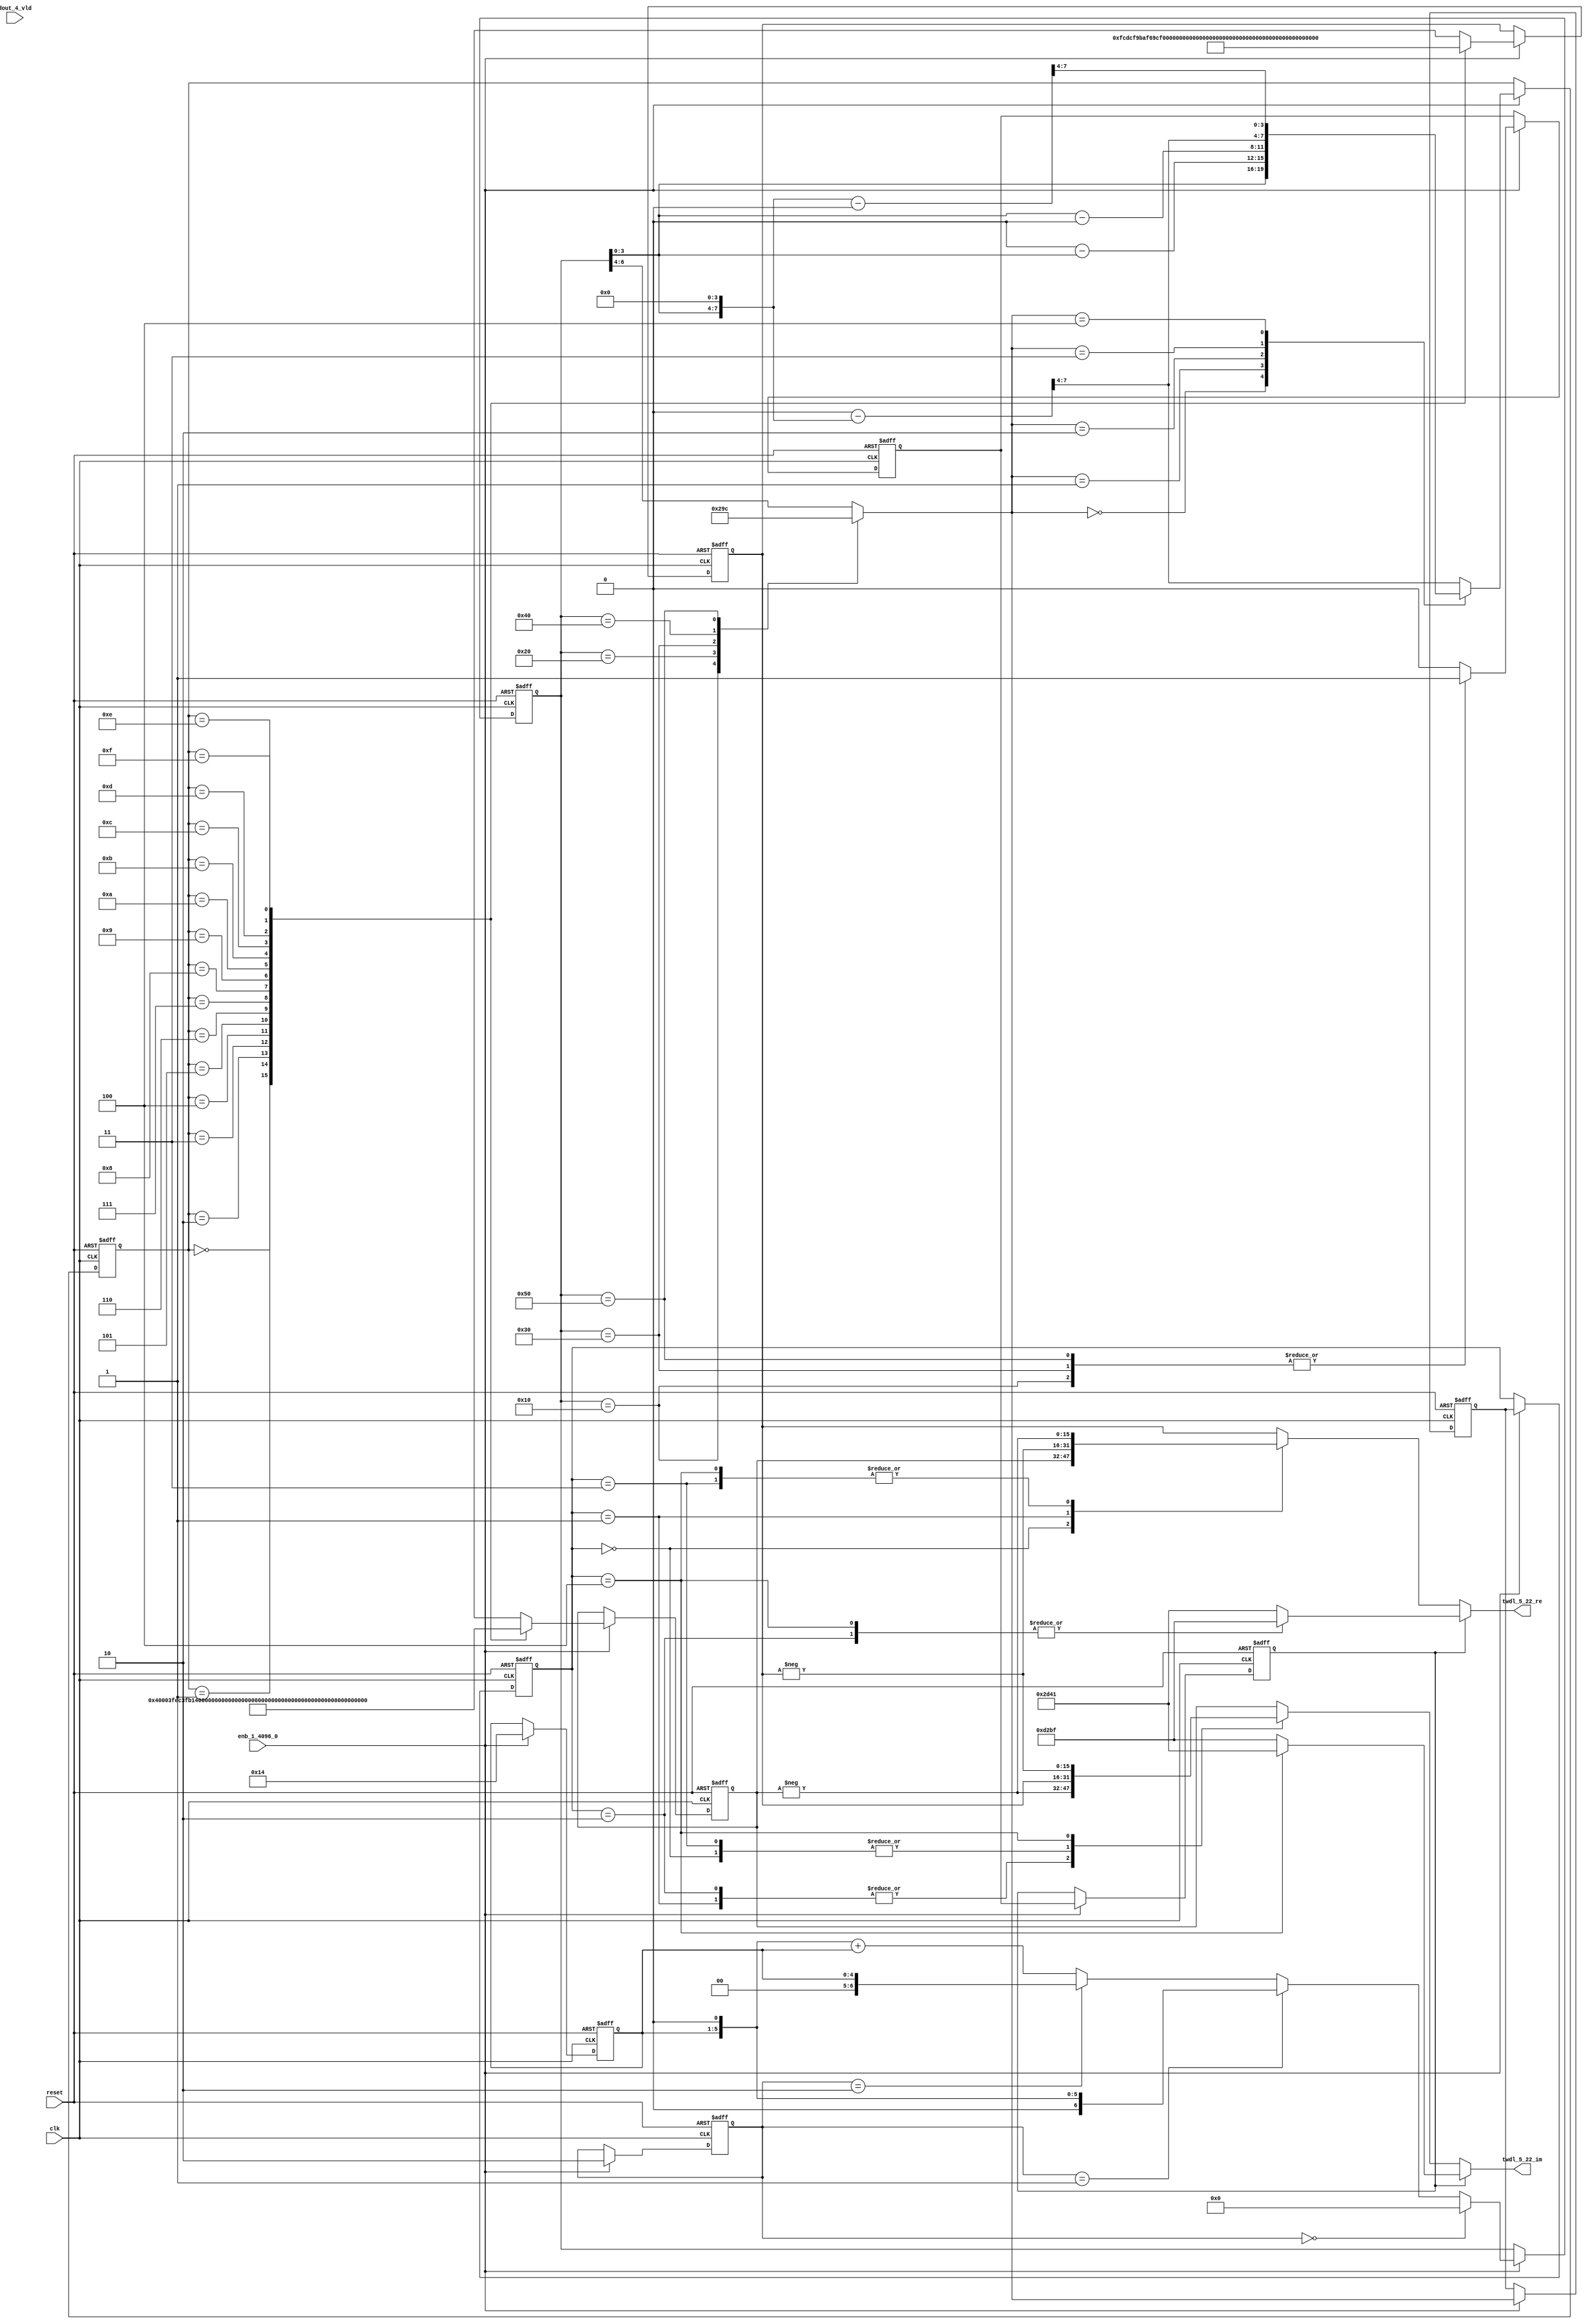
// -------------------------------------------------------------
// 
// 
// Generated by MATLAB 9.14 and HDL Coder 4.1
// 
// -------------------------------------------------------------


// -------------------------------------------------------------
// 
// Module: TWDLROM_5_22
// Source Path: dsphdl.IFFT/TWDLROM_5_22
// Hierarchy Level: 4
// 
// -------------------------------------------------------------

`timescale 1 ns / 1 ns

module TWDLROM_5_22
          (clk,
           reset,
           enb_1_4096_0,
           dout_4_vld,
           twdl_5_22_re,
           twdl_5_22_im);


  input   clk;
  input   reset;
  input   enb_1_4096_0;
  input   dout_4_vld;
  output  signed [15:0] twdl_5_22_re;  // sfix16_En14
  output  signed [15:0] twdl_5_22_im;  // sfix16_En14


  reg [4:0] Radix22TwdlMapping_cnt;  // ufix5
  reg [1:0] Radix22TwdlMapping_phase;  // ufix2
  reg [2:0] Radix22TwdlMapping_octantReg1;  // ufix3
  reg [6:0] Radix22TwdlMapping_twdlAddr_raw;  // ufix7
  reg [3:0] Radix22TwdlMapping_twdlAddrMap;  // ufix4
  reg  Radix22TwdlMapping_twdl45Reg;
  reg  Radix22TwdlMapping_dvldReg1;
  reg  Radix22TwdlMapping_dvldReg2;
  reg [4:0] Radix22TwdlMapping_cnt_next;  // ufix5
  reg [1:0] Radix22TwdlMapping_phase_next;  // ufix2
  reg [2:0] Radix22TwdlMapping_octantReg1_next;  // ufix3
  reg [6:0] Radix22TwdlMapping_twdlAddr_raw_next;  // ufix7
  reg [3:0] Radix22TwdlMapping_twdlAddrMap_next;  // ufix4
  reg  Radix22TwdlMapping_twdl45Reg_next;
  reg  Radix22TwdlMapping_dvldReg1_next;
  reg  Radix22TwdlMapping_dvldReg2_next;
  reg [3:0] twdlAddr;  // ufix4
  reg  twdlAddrVld;
  reg [2:0] twdlOctant;  // ufix3
  reg  twdl45;
  wire signed [15:0] Twiddle_re_table_data [0:15];  // sfix16_En14 [16]
  wire signed [15:0] twiddleS_re;  // sfix16_En14
  reg signed [15:0] twiddleReg_re;  // sfix16_En14
  wire signed [15:0] Twiddle_im_table_data [0:15];  // sfix16_En14 [16]
  wire signed [15:0] twiddleS_im;  // sfix16_En14
  reg signed [15:0] twiddleReg_im;  // sfix16_En14
  reg [2:0] twdlOctantReg;  // ufix3
  reg  twdl45Reg;
  reg signed [15:0] twdl_5_22_re_1;  // sfix16_En14
  reg signed [15:0] twdl_5_22_im_1;  // sfix16_En14
  reg [2:0] Radix22TwdlMapping_octant;  // ufix3
  reg [6:0] Radix22TwdlMapping_cnt_cast;  // ufix7
  reg signed [15:0] Radix22TwdlMapping_sub_cast;  // sfix16_En4
  reg signed [15:0] Radix22TwdlMapping_sub_temp;  // sfix16_En4
  reg signed [8:0] Radix22TwdlMapping_sub_temp_0;  // sfix9
  reg signed [8:0] Radix22TwdlMapping_sub_temp_1;  // sfix9
  reg signed [15:0] Radix22TwdlMapping_sub_cast_0;  // sfix16_En4
  reg signed [15:0] Radix22TwdlMapping_sub_temp_2;  // sfix16_En4
  reg signed [15:0] Radix22TwdlMapping_sub_cast_1;  // sfix16_En4
  reg signed [15:0] Radix22TwdlMapping_sub_temp_3;  // sfix16_En4
  reg [6:0] Radix22TwdlMapping_t_0_0;  // ufix7
  reg signed [8:0] Radix22TwdlMapping_t_1;  // sfix9
  reg signed [8:0] Radix22TwdlMapping_t_2_0;  // sfix9
  reg signed [15:0] Radix22TwdlOctCorr_twdlIn_re;  // sfix16_En14
  reg signed [15:0] Radix22TwdlOctCorr_twdlIn_im;  // sfix16_En14
  reg signed [16:0] Radix22TwdlOctCorr_cast;  // sfix17_En14
  reg signed [16:0] Radix22TwdlOctCorr_cast_0;  // sfix17_En14
  reg signed [16:0] Radix22TwdlOctCorr_cast_1;  // sfix17_En14
  reg signed [16:0] Radix22TwdlOctCorr_cast_2;  // sfix17_En14
  reg signed [16:0] Radix22TwdlOctCorr_cast_3;  // sfix17_En14
  reg signed [16:0] Radix22TwdlOctCorr_cast_4;  // sfix17_En14
  reg signed [16:0] Radix22TwdlOctCorr_cast_5;  // sfix17_En14
  reg signed [16:0] Radix22TwdlOctCorr_cast_6;  // sfix17_En14
  reg signed [16:0] Radix22TwdlOctCorr_cast_7;  // sfix17_En14
  reg signed [16:0] Radix22TwdlOctCorr_cast_8;  // sfix17_En14
  reg signed [16:0] Radix22TwdlOctCorr_cast_9;  // sfix17_En14
  reg signed [16:0] Radix22TwdlOctCorr_cast_10;  // sfix17_En14


  // Radix22TwdlMapping
  always @(posedge clk or posedge reset)
    begin : Radix22TwdlMapping_process
      if (reset == 1'b1) begin
        Radix22TwdlMapping_octantReg1 <= 3'b000;
        Radix22TwdlMapping_twdlAddr_raw <= 7'b0000000;
        Radix22TwdlMapping_twdlAddrMap <= 4'b0000;
        Radix22TwdlMapping_twdl45Reg <= 1'b0;
        Radix22TwdlMapping_dvldReg1 <= 1'b0;
        Radix22TwdlMapping_dvldReg2 <= 1'b0;
        Radix22TwdlMapping_cnt <= 5'b10100;
        Radix22TwdlMapping_phase <= 2'b10;
      end
      else begin
        if (enb_1_4096_0) begin
          Radix22TwdlMapping_cnt <= Radix22TwdlMapping_cnt_next;
          Radix22TwdlMapping_phase <= Radix22TwdlMapping_phase_next;
          Radix22TwdlMapping_octantReg1 <= Radix22TwdlMapping_octantReg1_next;
          Radix22TwdlMapping_twdlAddr_raw <= Radix22TwdlMapping_twdlAddr_raw_next;
          Radix22TwdlMapping_twdlAddrMap <= Radix22TwdlMapping_twdlAddrMap_next;
          Radix22TwdlMapping_twdl45Reg <= Radix22TwdlMapping_twdl45Reg_next;
          Radix22TwdlMapping_dvldReg1 <= Radix22TwdlMapping_dvldReg1_next;
          Radix22TwdlMapping_dvldReg2 <= Radix22TwdlMapping_dvldReg2_next;
        end
      end
    end

  always @(Radix22TwdlMapping_cnt, Radix22TwdlMapping_dvldReg1,
       Radix22TwdlMapping_dvldReg2, Radix22TwdlMapping_octantReg1,
       Radix22TwdlMapping_phase, Radix22TwdlMapping_twdl45Reg,
       Radix22TwdlMapping_twdlAddrMap, Radix22TwdlMapping_twdlAddr_raw,
       dout_4_vld) begin
    Radix22TwdlMapping_sub_temp = 16'sb0000000000000000;
    Radix22TwdlMapping_sub_temp_0 = 9'sb000000000;
    Radix22TwdlMapping_sub_temp_1 = 9'sb000000000;
    Radix22TwdlMapping_sub_temp_2 = 16'sb0000000000000000;
    Radix22TwdlMapping_sub_temp_3 = 16'sb0000000000000000;
    Radix22TwdlMapping_sub_cast_1 = 16'sb0000000000000000;
    Radix22TwdlMapping_t_0_0 = 7'b0000000;
    Radix22TwdlMapping_cnt_cast = 7'b0000000;
    Radix22TwdlMapping_sub_cast_0 = 16'sb0000000000000000;
    Radix22TwdlMapping_t_2_0 = 9'sb000000000;
    Radix22TwdlMapping_t_1 = 9'sb000000000;
    Radix22TwdlMapping_sub_cast = 16'sb0000000000000000;
    Radix22TwdlMapping_dvldReg2_next = Radix22TwdlMapping_dvldReg1;
    Radix22TwdlMapping_dvldReg1_next = dout_4_vld;
    case ( Radix22TwdlMapping_twdlAddr_raw)
      7'b0010000 :
        begin
          Radix22TwdlMapping_octant = 3'b000;
          Radix22TwdlMapping_twdl45Reg_next = 1'b1;
        end
      7'b0100000 :
        begin
          Radix22TwdlMapping_octant = 3'b001;
          Radix22TwdlMapping_twdl45Reg_next = 1'b0;
        end
      7'b0110000 :
        begin
          Radix22TwdlMapping_octant = 3'b010;
          Radix22TwdlMapping_twdl45Reg_next = 1'b1;
        end
      7'b1000000 :
        begin
          Radix22TwdlMapping_octant = 3'b011;
          Radix22TwdlMapping_twdl45Reg_next = 1'b0;
        end
      7'b1010000 :
        begin
          Radix22TwdlMapping_octant = 3'b100;
          Radix22TwdlMapping_twdl45Reg_next = 1'b1;
        end
      default :
        begin
          Radix22TwdlMapping_octant = Radix22TwdlMapping_twdlAddr_raw[6:4];
          Radix22TwdlMapping_twdl45Reg_next = 1'b0;
        end
    endcase
    Radix22TwdlMapping_octantReg1_next = Radix22TwdlMapping_octant;
    case ( Radix22TwdlMapping_octant)
      3'b000 :
        begin
          Radix22TwdlMapping_twdlAddrMap_next = Radix22TwdlMapping_twdlAddr_raw[3:0];
        end
      3'b001 :
        begin
          Radix22TwdlMapping_t_1 = {2'b0, Radix22TwdlMapping_twdlAddr_raw};
          Radix22TwdlMapping_sub_temp_0 = 9'sb000100000 - Radix22TwdlMapping_t_1;
          Radix22TwdlMapping_twdlAddrMap_next = Radix22TwdlMapping_sub_temp_0[3:0];
        end
      3'b010 :
        begin
          Radix22TwdlMapping_t_2_0 = {2'b0, Radix22TwdlMapping_twdlAddr_raw};
          Radix22TwdlMapping_sub_temp_1 = Radix22TwdlMapping_t_2_0 - 9'sb000100000;
          Radix22TwdlMapping_twdlAddrMap_next = Radix22TwdlMapping_sub_temp_1[3:0];
        end
      3'b011 :
        begin
          Radix22TwdlMapping_sub_cast_0 = {5'b0, {Radix22TwdlMapping_twdlAddr_raw, 4'b0000}};
          Radix22TwdlMapping_sub_temp_2 = 16'sb0000010000000000 - Radix22TwdlMapping_sub_cast_0;
          Radix22TwdlMapping_twdlAddrMap_next = Radix22TwdlMapping_sub_temp_2[7:4];
        end
      3'b100 :
        begin
          Radix22TwdlMapping_sub_cast_1 = {5'b0, {Radix22TwdlMapping_twdlAddr_raw, 4'b0000}};
          Radix22TwdlMapping_sub_temp_3 = Radix22TwdlMapping_sub_cast_1 - 16'sb0000010000000000;
          Radix22TwdlMapping_twdlAddrMap_next = Radix22TwdlMapping_sub_temp_3[7:4];
        end
      default :
        begin
          Radix22TwdlMapping_sub_cast = {5'b0, {Radix22TwdlMapping_twdlAddr_raw, 4'b0000}};
          Radix22TwdlMapping_sub_temp = 16'sb0000011000000000 - Radix22TwdlMapping_sub_cast;
          Radix22TwdlMapping_twdlAddrMap_next = Radix22TwdlMapping_sub_temp[7:4];
        end
    endcase
    if (Radix22TwdlMapping_phase == 2'b00) begin
      Radix22TwdlMapping_twdlAddr_raw_next = 7'b0000000;
    end
    else if (Radix22TwdlMapping_phase == 2'b01) begin
      Radix22TwdlMapping_t_0_0 = {2'b0, Radix22TwdlMapping_cnt};
      Radix22TwdlMapping_twdlAddr_raw_next = Radix22TwdlMapping_t_0_0 <<< 8'd1;
    end
    else if (Radix22TwdlMapping_phase == 2'b10) begin
      Radix22TwdlMapping_twdlAddr_raw_next = {2'b0, Radix22TwdlMapping_cnt};
    end
    else begin
      Radix22TwdlMapping_cnt_cast = {2'b0, Radix22TwdlMapping_cnt};
      Radix22TwdlMapping_twdlAddr_raw_next = (Radix22TwdlMapping_cnt_cast <<< 8'd1) + Radix22TwdlMapping_cnt_cast;
    end
    Radix22TwdlMapping_phase_next = 2'b10;
    Radix22TwdlMapping_cnt_next = 5'b10100;
    twdlAddr = Radix22TwdlMapping_twdlAddrMap;
    twdlAddrVld = Radix22TwdlMapping_dvldReg2;
    twdlOctant = Radix22TwdlMapping_octantReg1;
    twdl45 = Radix22TwdlMapping_twdl45Reg;
  end



  // Twiddle ROM1
  assign Twiddle_re_table_data[0] = 16'sb0100000000000000;
  assign Twiddle_re_table_data[1] = 16'sb0011111111101100;
  assign Twiddle_re_table_data[2] = 16'sb0011111110110001;
  assign Twiddle_re_table_data[3] = 16'sb0011111101001111;
  assign Twiddle_re_table_data[4] = 16'sb0011111011000101;
  assign Twiddle_re_table_data[5] = 16'sb0011111000010101;
  assign Twiddle_re_table_data[6] = 16'sb0011110100111111;
  assign Twiddle_re_table_data[7] = 16'sb0011110001000010;
  assign Twiddle_re_table_data[8] = 16'sb0011101100100001;
  assign Twiddle_re_table_data[9] = 16'sb0011100111011011;
  assign Twiddle_re_table_data[10] = 16'sb0011100001110001;
  assign Twiddle_re_table_data[11] = 16'sb0011011011100101;
  assign Twiddle_re_table_data[12] = 16'sb0011010100110111;
  assign Twiddle_re_table_data[13] = 16'sb0011001101101000;
  assign Twiddle_re_table_data[14] = 16'sb0011000101111001;
  assign Twiddle_re_table_data[15] = 16'sb0010111101101100;
  assign twiddleS_re = Twiddle_re_table_data[twdlAddr];



  always @(posedge clk or posedge reset)
    begin : TWIDDLEROM_RE_process
      if (reset == 1'b1) begin
        twiddleReg_re <= 16'sb0000000000000000;
      end
      else begin
        if (enb_1_4096_0) begin
          twiddleReg_re <= twiddleS_re;
        end
      end
    end



  // Twiddle ROM2
  assign Twiddle_im_table_data[0] = 16'sb0000000000000000;
  assign Twiddle_im_table_data[1] = 16'sb1111110011011100;
  assign Twiddle_im_table_data[2] = 16'sb1111100110111010;
  assign Twiddle_im_table_data[3] = 16'sb1111011010011100;
  assign Twiddle_im_table_data[4] = 16'sb1111001110000100;
  assign Twiddle_im_table_data[5] = 16'sb1111000001110011;
  assign Twiddle_im_table_data[6] = 16'sb1110110101101100;
  assign Twiddle_im_table_data[7] = 16'sb1110101001110000;
  assign Twiddle_im_table_data[8] = 16'sb1110011110000010;
  assign Twiddle_im_table_data[9] = 16'sb1110010010100011;
  assign Twiddle_im_table_data[10] = 16'sb1110000111010101;
  assign Twiddle_im_table_data[11] = 16'sb1101111100011001;
  assign Twiddle_im_table_data[12] = 16'sb1101110001110010;
  assign Twiddle_im_table_data[13] = 16'sb1101100111100000;
  assign Twiddle_im_table_data[14] = 16'sb1101011101100110;
  assign Twiddle_im_table_data[15] = 16'sb1101010100000101;
  assign twiddleS_im = Twiddle_im_table_data[twdlAddr];



  always @(posedge clk or posedge reset)
    begin : TWIDDLEROM_IM_process
      if (reset == 1'b1) begin
        twiddleReg_im <= 16'sb0000000000000000;
      end
      else begin
        if (enb_1_4096_0) begin
          twiddleReg_im <= twiddleS_im;
        end
      end
    end



  always @(posedge clk or posedge reset)
    begin : intdelay_process
      if (reset == 1'b1) begin
        twdlOctantReg <= 3'b000;
      end
      else begin
        if (enb_1_4096_0) begin
          twdlOctantReg <= twdlOctant;
        end
      end
    end



  always @(posedge clk or posedge reset)
    begin : intdelay_1_process
      if (reset == 1'b1) begin
        twdl45Reg <= 1'b0;
      end
      else begin
        if (enb_1_4096_0) begin
          twdl45Reg <= twdl45;
        end
      end
    end



  // Radix22TwdlOctCorr
  always @(twdl45Reg, twdlOctantReg, twiddleReg_im, twiddleReg_re) begin
    Radix22TwdlOctCorr_cast_0 = 17'sb00000000000000000;
    Radix22TwdlOctCorr_cast_2 = 17'sb00000000000000000;
    Radix22TwdlOctCorr_cast_4 = 17'sb00000000000000000;
    Radix22TwdlOctCorr_cast_6 = 17'sb00000000000000000;
    Radix22TwdlOctCorr_cast_8 = 17'sb00000000000000000;
    Radix22TwdlOctCorr_cast_10 = 17'sb00000000000000000;
    Radix22TwdlOctCorr_cast_3 = 17'sb00000000000000000;
    Radix22TwdlOctCorr_cast_9 = 17'sb00000000000000000;
    Radix22TwdlOctCorr_cast_1 = 17'sb00000000000000000;
    Radix22TwdlOctCorr_cast_7 = 17'sb00000000000000000;
    Radix22TwdlOctCorr_cast = 17'sb00000000000000000;
    Radix22TwdlOctCorr_cast_5 = 17'sb00000000000000000;
    Radix22TwdlOctCorr_twdlIn_re = twiddleReg_re;
    Radix22TwdlOctCorr_twdlIn_im = twiddleReg_im;
    if (twdl45Reg) begin
      case ( twdlOctantReg)
        3'b000 :
          begin
            Radix22TwdlOctCorr_twdlIn_re = 16'sb0010110101000001;
            Radix22TwdlOctCorr_twdlIn_im = 16'sb1101001010111111;
          end
        3'b010 :
          begin
            Radix22TwdlOctCorr_twdlIn_re = 16'sb1101001010111111;
            Radix22TwdlOctCorr_twdlIn_im = 16'sb1101001010111111;
          end
        3'b100 :
          begin
            Radix22TwdlOctCorr_twdlIn_re = 16'sb1101001010111111;
            Radix22TwdlOctCorr_twdlIn_im = 16'sb0010110101000001;
          end
        default :
          begin
            Radix22TwdlOctCorr_twdlIn_re = 16'sb0010110101000001;
            Radix22TwdlOctCorr_twdlIn_im = 16'sb1101001010111111;
          end
      endcase
    end
    else begin
      case ( twdlOctantReg)
        3'b000 :
          begin
          end
        3'b001 :
          begin
            Radix22TwdlOctCorr_cast = {twiddleReg_im[15], twiddleReg_im};
            Radix22TwdlOctCorr_cast_0 =  - (Radix22TwdlOctCorr_cast);
            Radix22TwdlOctCorr_twdlIn_re = Radix22TwdlOctCorr_cast_0[15:0];
            Radix22TwdlOctCorr_cast_5 = {twiddleReg_re[15], twiddleReg_re};
            Radix22TwdlOctCorr_cast_6 =  - (Radix22TwdlOctCorr_cast_5);
            Radix22TwdlOctCorr_twdlIn_im = Radix22TwdlOctCorr_cast_6[15:0];
          end
        3'b010 :
          begin
            Radix22TwdlOctCorr_twdlIn_re = twiddleReg_im;
            Radix22TwdlOctCorr_cast_7 = {twiddleReg_re[15], twiddleReg_re};
            Radix22TwdlOctCorr_cast_8 =  - (Radix22TwdlOctCorr_cast_7);
            Radix22TwdlOctCorr_twdlIn_im = Radix22TwdlOctCorr_cast_8[15:0];
          end
        3'b011 :
          begin
            Radix22TwdlOctCorr_cast_1 = {twiddleReg_re[15], twiddleReg_re};
            Radix22TwdlOctCorr_cast_2 =  - (Radix22TwdlOctCorr_cast_1);
            Radix22TwdlOctCorr_twdlIn_re = Radix22TwdlOctCorr_cast_2[15:0];
            Radix22TwdlOctCorr_twdlIn_im = twiddleReg_im;
          end
        3'b100 :
          begin
            Radix22TwdlOctCorr_cast_3 = {twiddleReg_re[15], twiddleReg_re};
            Radix22TwdlOctCorr_cast_4 =  - (Radix22TwdlOctCorr_cast_3);
            Radix22TwdlOctCorr_twdlIn_re = Radix22TwdlOctCorr_cast_4[15:0];
            Radix22TwdlOctCorr_cast_9 = {twiddleReg_im[15], twiddleReg_im};
            Radix22TwdlOctCorr_cast_10 =  - (Radix22TwdlOctCorr_cast_9);
            Radix22TwdlOctCorr_twdlIn_im = Radix22TwdlOctCorr_cast_10[15:0];
          end
        default :
          begin
            Radix22TwdlOctCorr_twdlIn_re = twiddleReg_im;
            Radix22TwdlOctCorr_twdlIn_im = twiddleReg_re;
          end
      endcase
    end
    twdl_5_22_re_1 = Radix22TwdlOctCorr_twdlIn_re;
    twdl_5_22_im_1 = Radix22TwdlOctCorr_twdlIn_im;
  end



  assign twdl_5_22_re = twdl_5_22_re_1;

  assign twdl_5_22_im = twdl_5_22_im_1;

endmodule  // TWDLROM_5_22